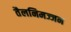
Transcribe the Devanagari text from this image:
तैलनिमज्जन